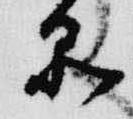
品